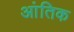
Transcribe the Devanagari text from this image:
आंतिक